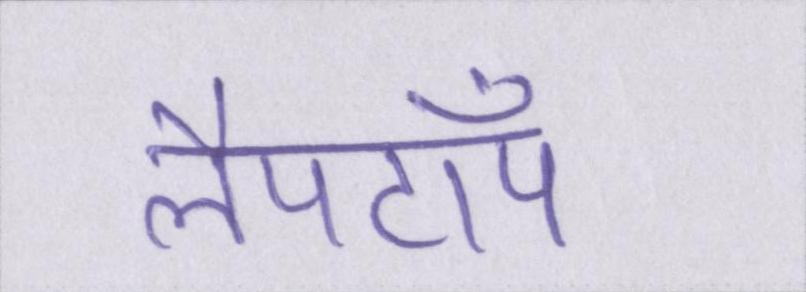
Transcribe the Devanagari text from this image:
लैपटॉप